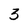
Character: 3